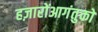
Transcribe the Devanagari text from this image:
हज़ारोंआगंतुकों